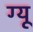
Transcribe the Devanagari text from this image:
ग्यू